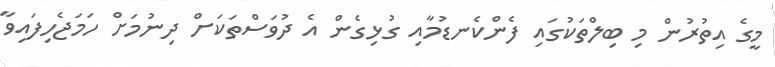
މީގެ އިތުރުން މި ބިލްތަކުގައި ފެންކެނޑުމާއި ގުޅިގެން އެ ދުވަސްތަކަށް ދިނުމަށް ހަމަޖެހިފައިވާ